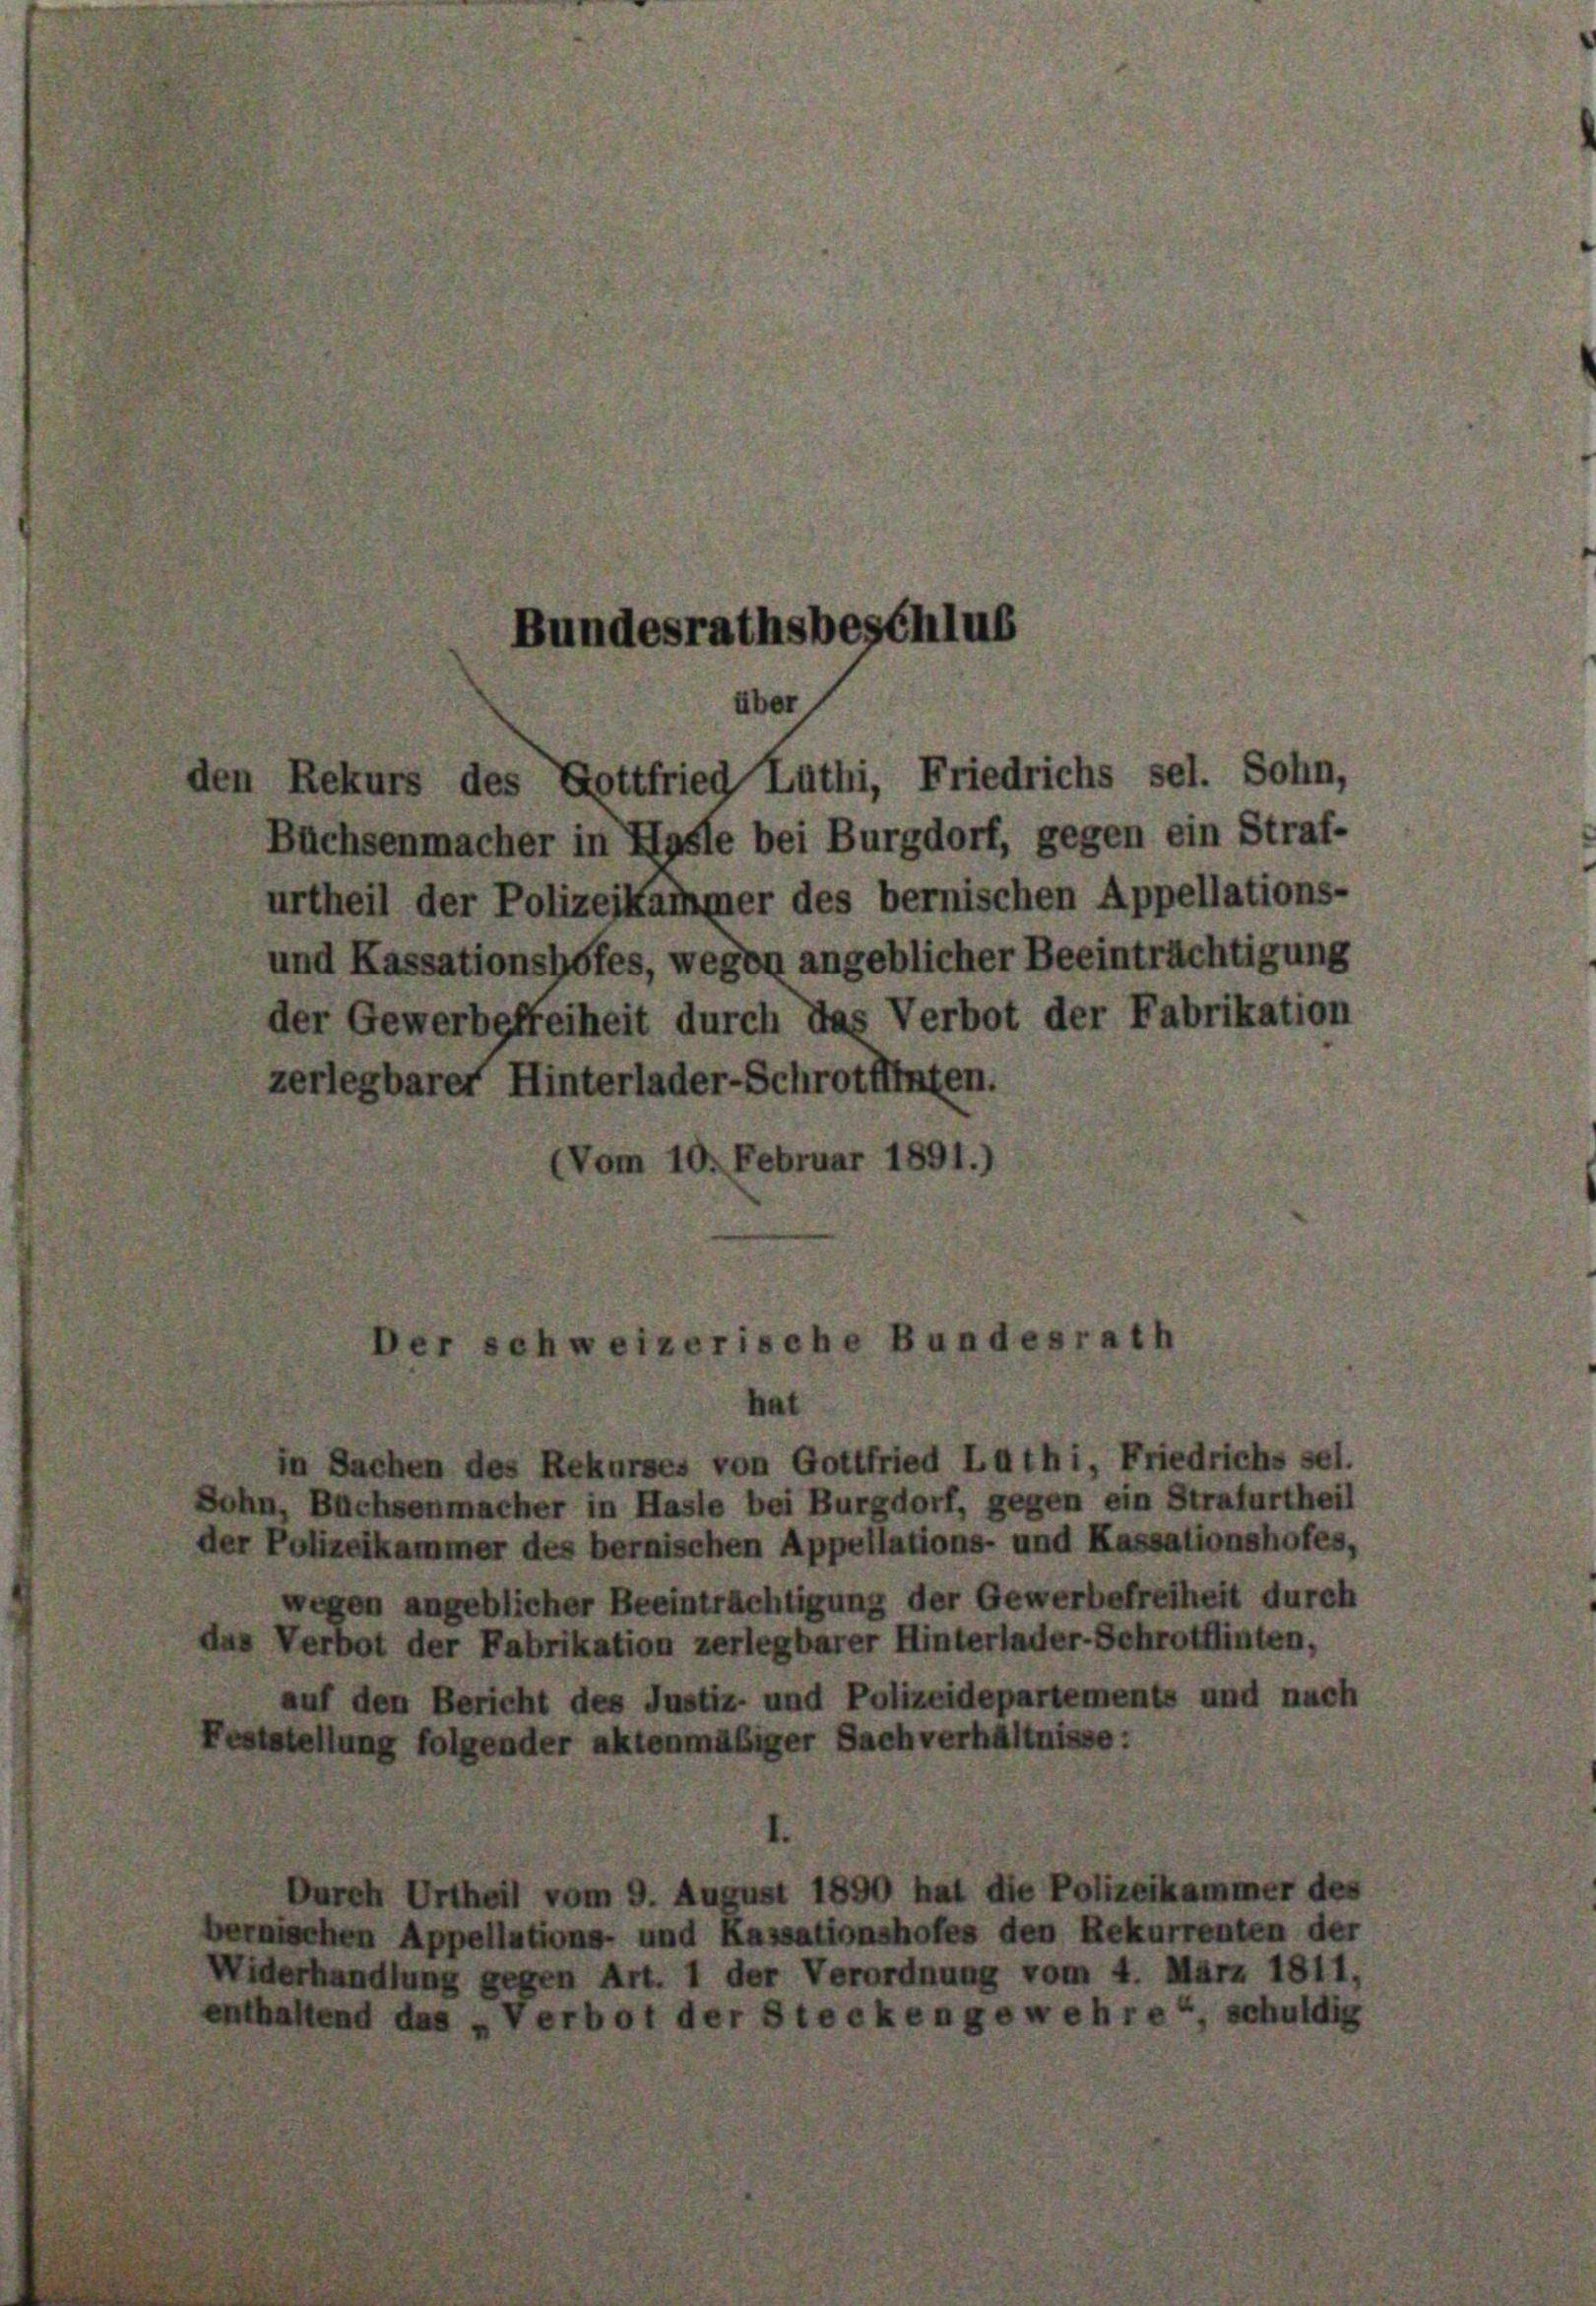
Buchsenmacher in Hasle bei Burgdorf, gegen ein Straf-
urtheil der Polizeikammer des bernischen Appellations-
und Kassationshofes, wegen angeblicher Beeinträchtigung
der Gewerbefreiheit durch das Verbot der Fabrikation
zerlegbarer Hinterlader-Schrotffinten.
(Vom 10. Februar 1891.)

Bundesrathsbeschlus
ber
ten Rekurs des Gottfried Luthi, Friedrichs sel. Sohn,

schweizerische Bundesrat
hat

in Sachen des Rekurses von Gottfried Lüthi, Friedrichs sel
Sohn, Büchsenmacher in Hasle bei Burgdorf, gegen ein Strafurtheil
der Polizeikammer des bernischen Appellations- und Kassationshofes
wegen angeblicher Beeinträchtigung der Gewerbefreiheit durch
das Verbot der Fabrikation zerlegbarer Hinterlader-Schrotflinten,
auf den Bericht des Justiz- und Polizeidepartements und nach
eststellung folgender aktenmäßiger Sachverhältnisse:
ch Urtheil vom 9. August 1890 hat die Polizeikammer de
nischen Appellations- und Kassationshofes den Rekurrenten der
Widerhandlung gegen Art. 1 der Verordnung vom 4. März 1811.
enthaltend das „Verbot der Steckengewehre“, schuldig